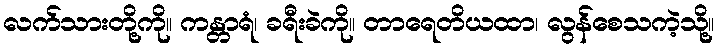
လက်သားတို့ကို။ ကန္တာရံ၊ ခရီးခဲကို။ တာရေတိယထာ၊ လွန်စေသကဲ့သို့။